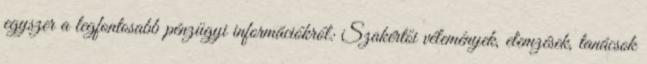
egyszer a legfontosabb pénzügyi információkról: Szakértői vélemények, elemzések, tanácsok